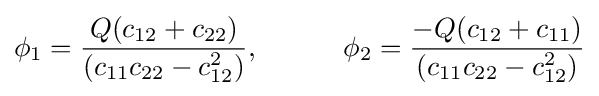
\phi _{1}={\frac {Q(c_{12}+c_{22})}{(c_{11}c_{22}-c_{12}^{2})}},\qquad \quad \phi _{2}={\frac {-Q(c_{12}+c_{11})}{(c_{11}c_{22}-c_{12}^{2})}}